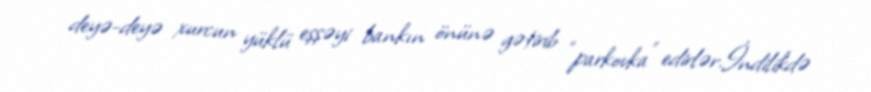
deyə-deyə xurcun yüklü eşşəyi bankın önünə gətirib “parkovka” edirlər.İndilikdə